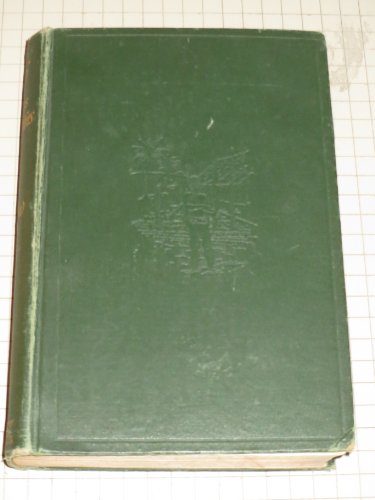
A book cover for Fiji and its possibilities, (The geographical library); Beatrice Ethel Grimshaw; Travel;